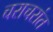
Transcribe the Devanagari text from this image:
चराचरांत